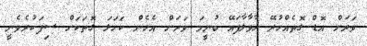
ވަރަށް އޮޑް ގޮތެއްހުރޭ ހާވާލާފައޭ ބުނީމަ ވަރަށް އެހެން ކަހަލަ ގޮތަކަށް ސިފަކުރެވެނީ